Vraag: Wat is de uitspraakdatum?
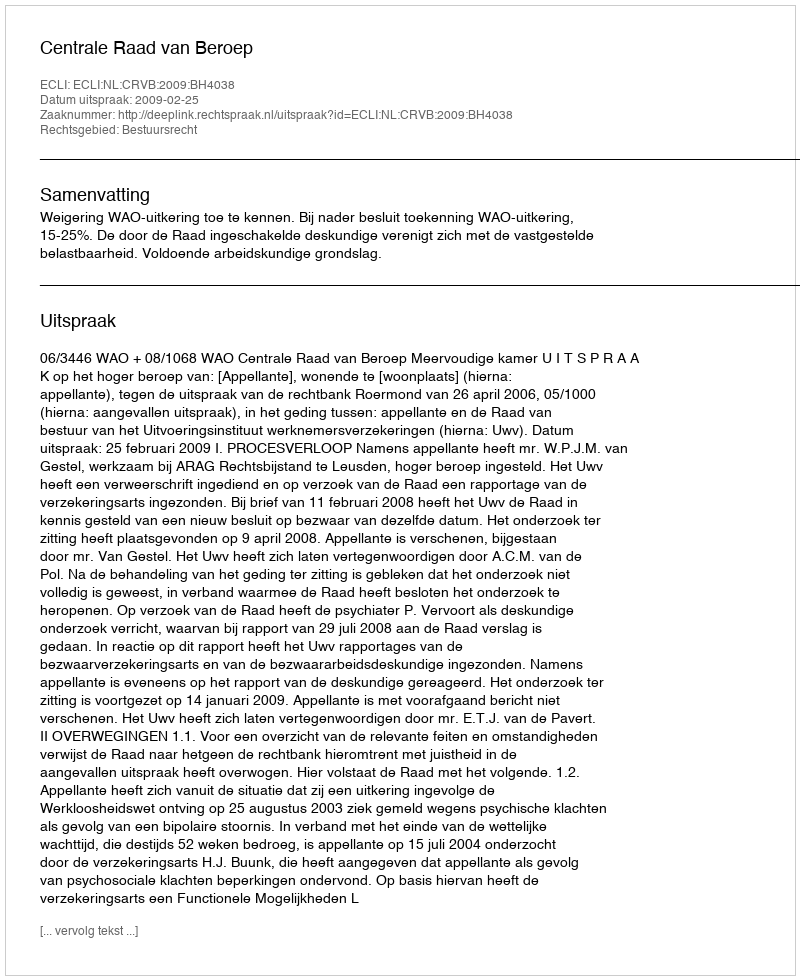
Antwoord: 2009-02-25